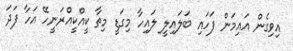
އިވިގެން އައިމަން ފަހައި ބަލައިލީ ލައިހާ މިގަޑީ މިތާ ކީއްކީއްރަނީހޭ އަހާ ފަދަ